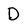
Character: D